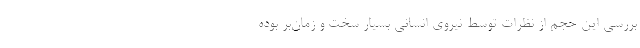
بررسی این حجم از نظرات توسط نیروی انسانی بسیار سخت و زمان‌بر بوده